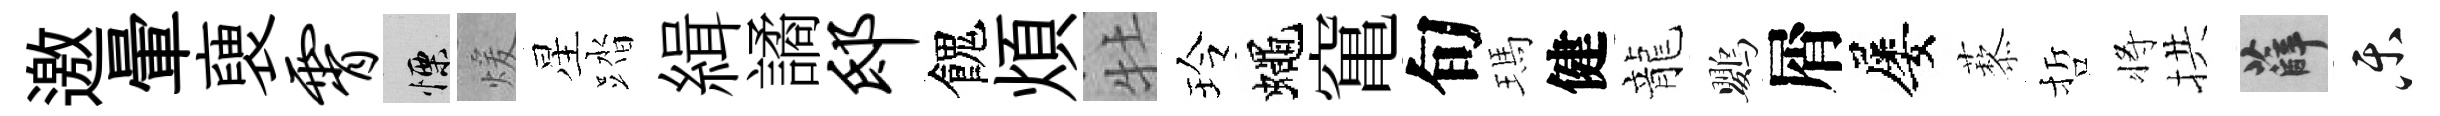
邀暈褏霄慄煖星踏緝譎邸餽煩牡玲蠅𥧄旬瑪健龍鸚屑屡藜哲将拱薛乐